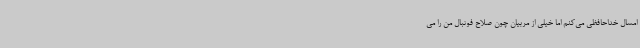
امسال خداحافظی می‌کنم اما خیلی از مربیان چون صلاح فوتبال من را می